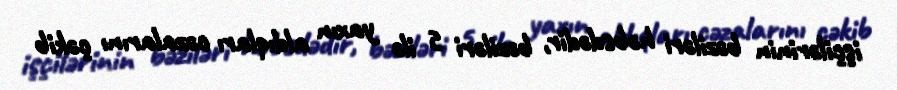
işçilərinin bəziləri həbsdədir, bəziləri 5 ilə yaxın aldıqları cəzalarını çəkib